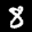
Label: 8